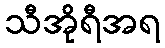
သီအိုရီအရ